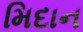
મિદાન